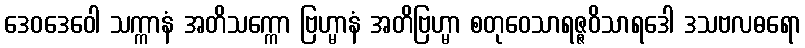
ဒေဝဒေဝေါ သက္ကာနံ အတိသက္ကော ဗြဟ္မာနံ အတိဗြဟ္မာ စတုဝေသာရဇ္ဇဝိသာရဒေါ ဒသဗလဓရော